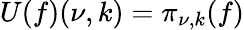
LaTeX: U(f)(\nu,k)=\pi_{\nu,k}(f)